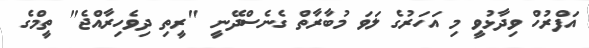
އަފްރުހް ވިދާޅުވީ މި އަހަރުގެ ލަވަ މުބާރާތް ގެނެސްދޭނީ "ރީތި ދިވެހިރާއްޖެ" ތީމްގެ